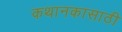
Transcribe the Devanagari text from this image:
कथानकासाठी